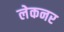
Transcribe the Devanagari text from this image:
लेकनर